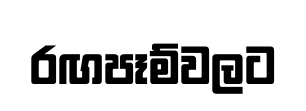
රඟපෑම්වලට